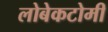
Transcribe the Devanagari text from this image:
लोबेकटोमी